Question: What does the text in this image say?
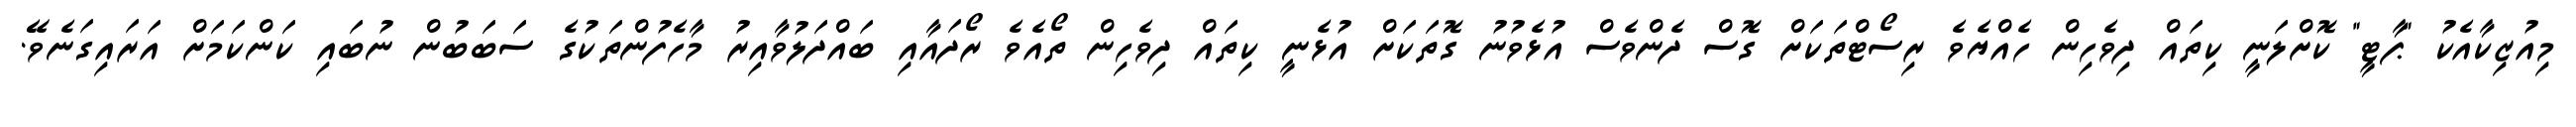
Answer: މިއުޒިކާއެކު "ޕާޓީ" ކޮށްލަނީ ކިތައް ދިވެހިން ހެއްޔެވެ ރިސޯޓްތަކަށް ގޮސް ދެންވެސް އުޅެވުނު ގޮތަކަށް އުޅެނީ ކިތައް ދިވެހިން ތޯއެވެ ރޯދައާއި ބައްދަލުވާއިރު މާހެފުންތަކުގެ ސަބަބުން ނުބައި ކަންކަމަށް އަރައިގަނެވޭ.